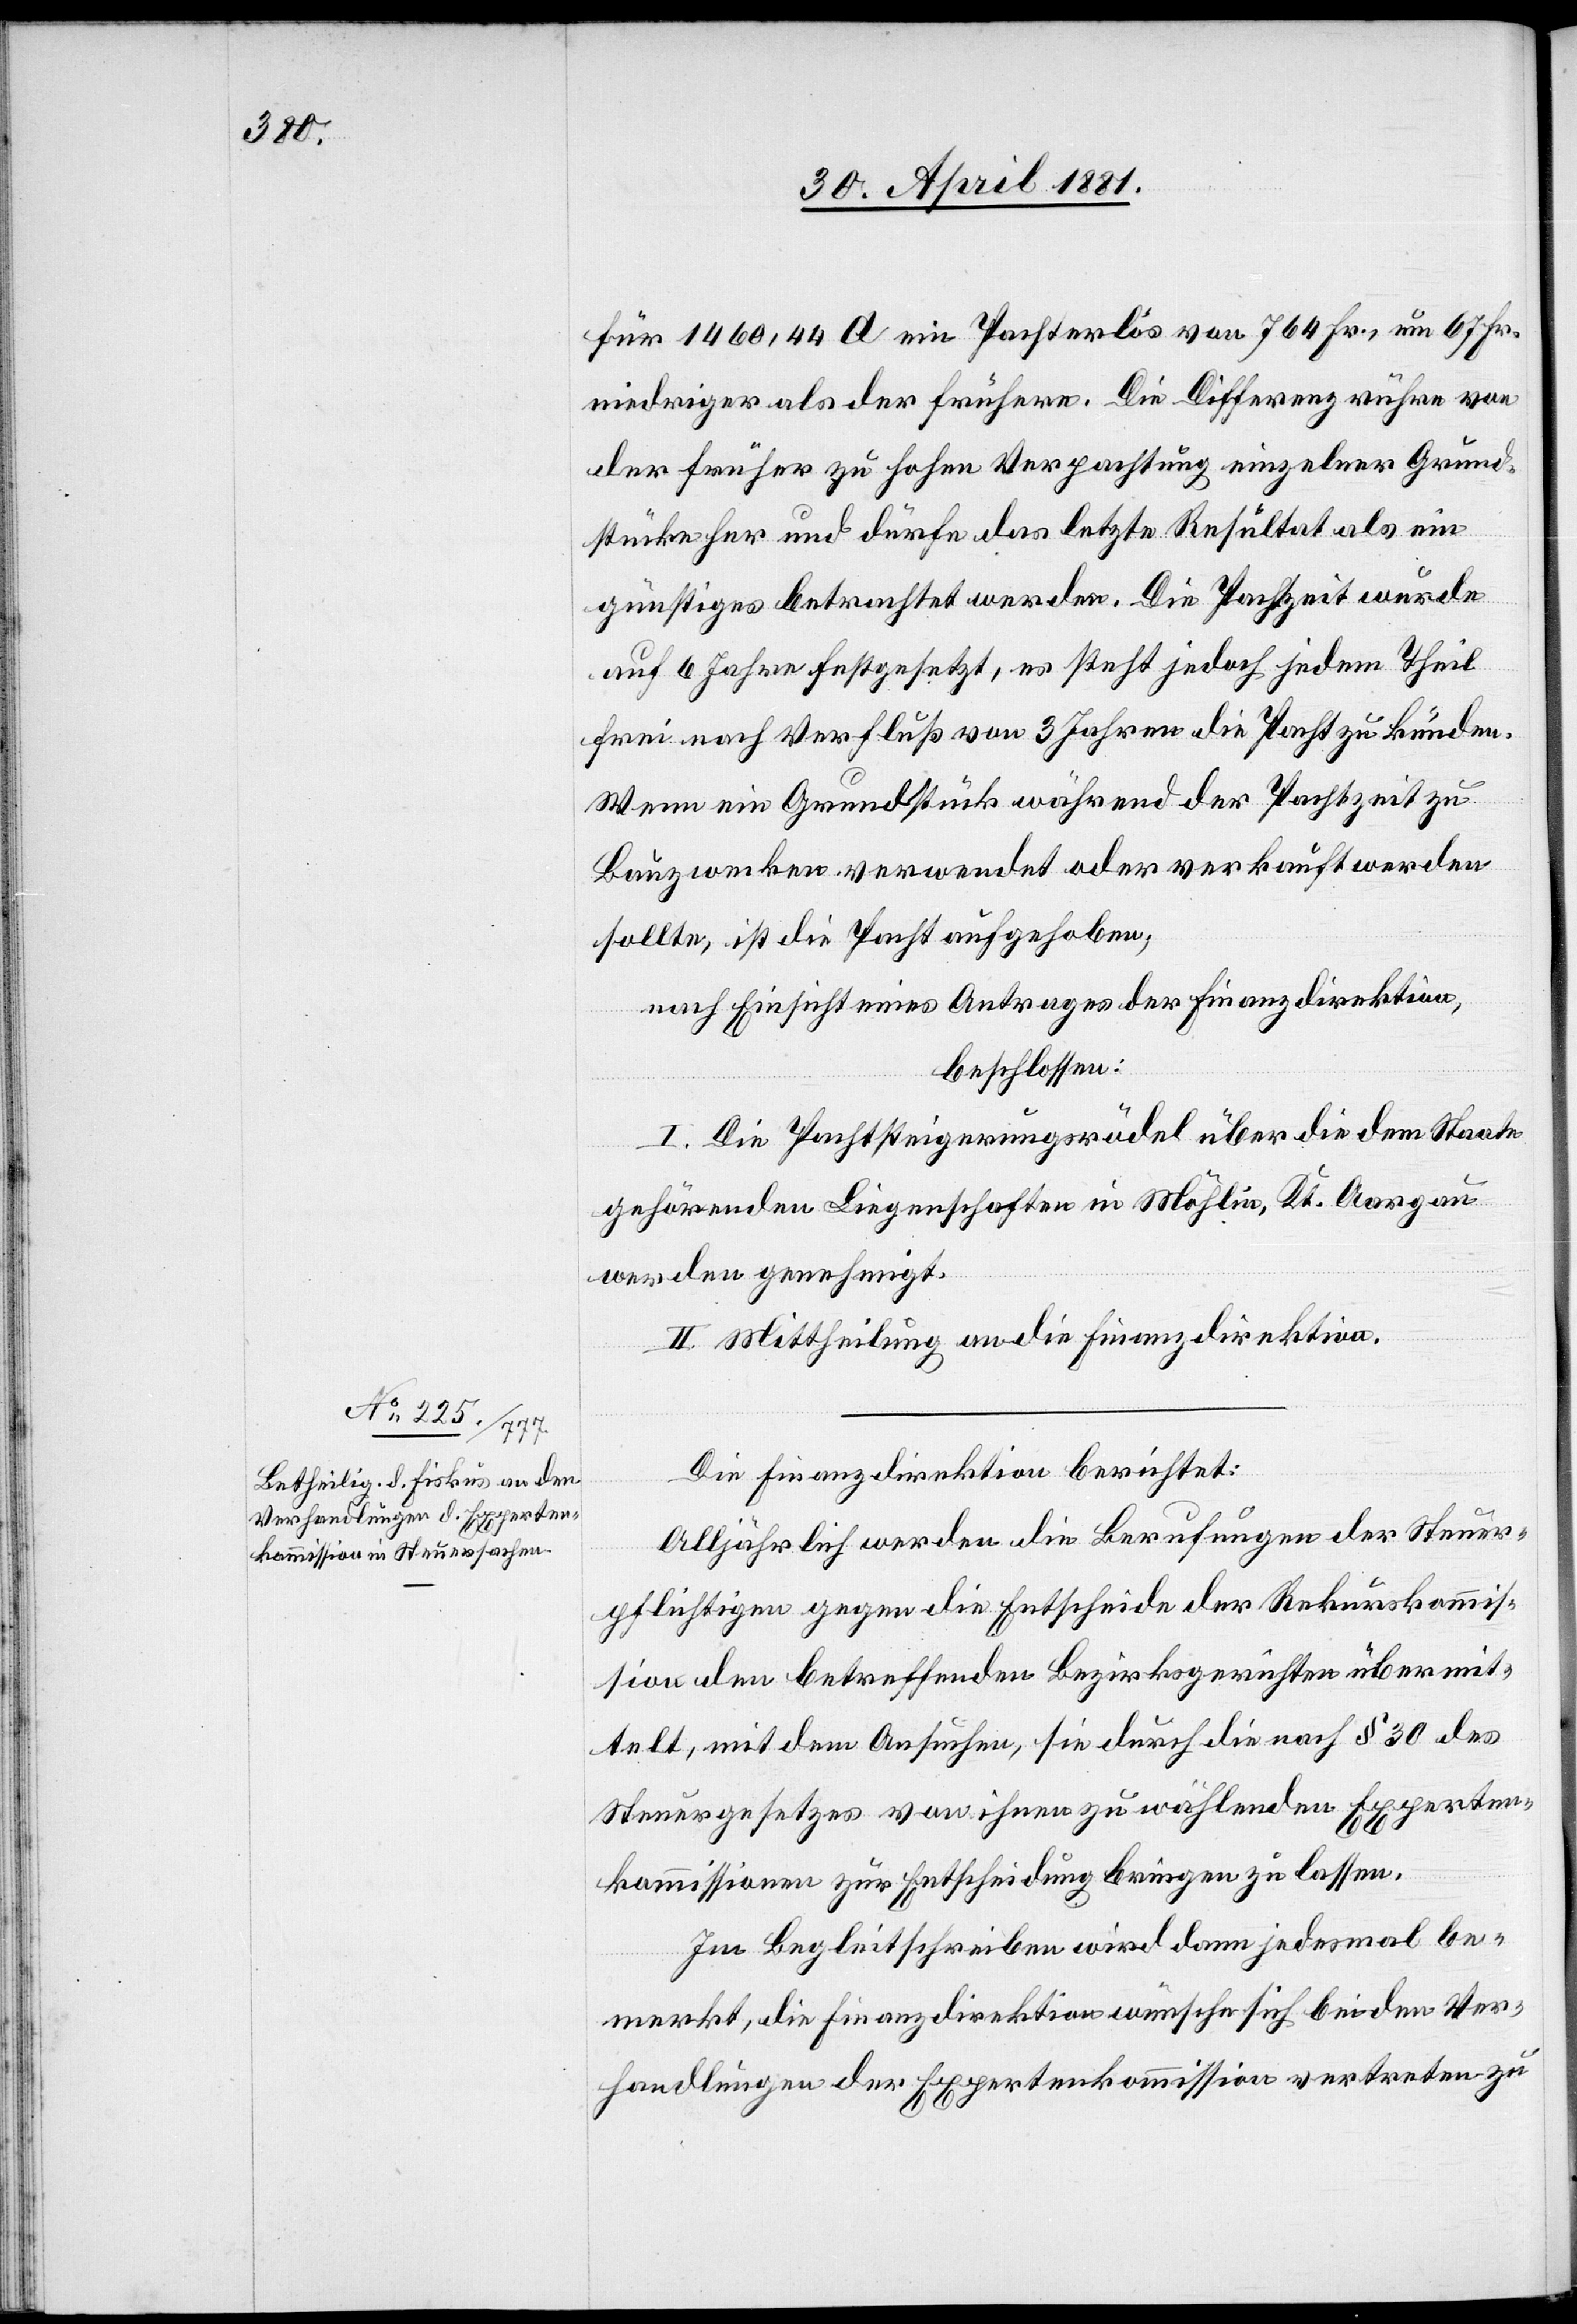
für 1460,44 A ein Pachterlös von 764 Fr., neu 67 Fr.
niedriger als der frühere. Die Differenz rühre von
der früher zu hohen Verpachtung einzelner Grund¬
stücke her und dürfe das letzte Resultat als ein
günstiges betrachtet werden. Die Pachtzeit wurde
auf 6 Jahre festgesetzt, es steht jedoch jedem Theil
frei nach Verfluß von 3 Jahren die Pacht zu künden.
Wenn ein Grundstück während der Pachtzeit zu
Bauzwecken verwendet oder verkauft werden
sollte, ist die Pacht aufgehoben;
nach Einsicht eines Antrages der Finanzdirektion,
beschlossen:
I. Die Pachtsteigerungsrödel über die dem Staate
gehörenden Liegenschaften in Möhlin, Kt. Aargau
werden genehmigt.
II. Mittheilung an die Finanzdirektion.
Die Finanzdirektion berichtet:
Alljährlich werden die Berufungen der Steuer¬
pflichtigen gegen die Entscheide der Rekurskommis¬
sion den betreffenden Bezirksgerichten übermit¬
telt, mit dem Ansuchen, sie durch die nach § 30 des
Steuergesetzes von ihnen zu wählenden Experten¬
kommission zur Entscheidung bringen zu lassen.
Im Begleitschreiben wird dann jedesmal be¬
merkt, die Finanzdirektion wünsche sich bei den Ver¬
handlungen der Expertenkommission vertreten zu